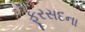
ફૂરસદના